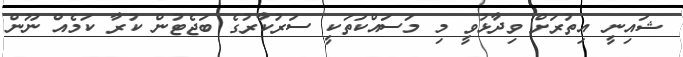
ޝައިނީ އިތުރަށް ވިދާޅުވީ މި މަސައްކަތަކީ ސަރުކާރުގެ ބަޖެޓުން ކުރާ ކަމެއް ނޫން